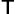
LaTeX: _{\mathsf{T}}